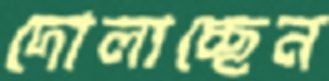
দোলাচ্ছেন